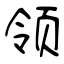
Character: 领